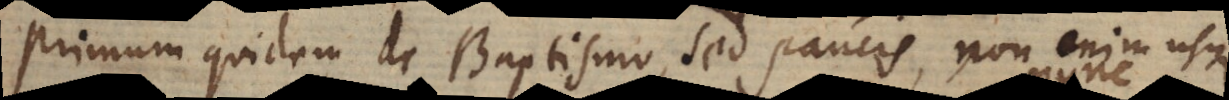
primum quidem de Baptismo, sed paucis, non enim usque